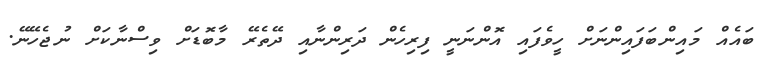
ބައެއް މައިންބަފައިންނަށް ހީވެފައި އޮންނަނީ ފިރިހެން ދަރިންނާއި ދޭތެރޭ މާބޮޑަށް ވިސްނާކަށް ނުޖެހޭނޭ.